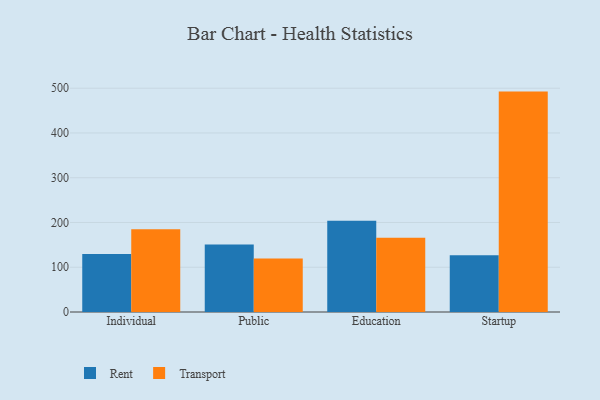
{"axis": {"x": "Segment", "y": "Operating Costs (USD K)"}, "legend": ["Rent", "Transport"], "data": [{"x": "Individual", "y": 129.8, "type": "Rent"}, {"x": "Individual", "y": 184.6, "type": "Transport"}, {"x": "Public", "y": 150.8, "type": "Rent"}, {"x": "Public", "y": 119.5, "type": "Transport"}, {"x": "Education", "y": 204.1, "type": "Rent"}, {"x": "Education", "y": 165.8, "type": "Transport"}, {"x": "Startup", "y": 126.6, "type": "Rent"}, {"x": "Startup", "y": 492.4, "type": "Transport"}]}